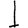
Digit: 1